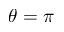
\theta = \pi